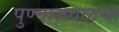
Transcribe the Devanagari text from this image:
पुण्याजवळचा